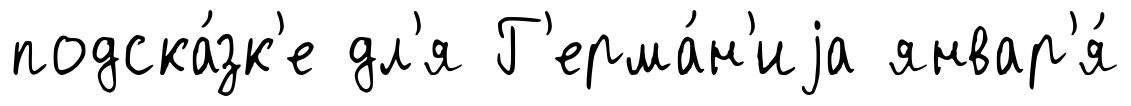
подска́зк'е дл'я Г'ерма́н'иjа январ'я́